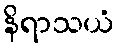
နိရာသယံ